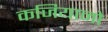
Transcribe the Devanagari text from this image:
कजियानो